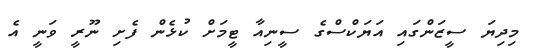
މިދިޔަ ސީޒަންގައި އަޔަކްސްގެ ސީނިއާ ޓީމަށް ކުޅެން ފެށި ނޫރީ ވަނީ އެ